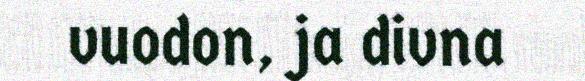
vuodon, ja divna